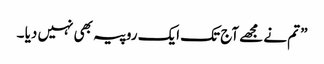
” تم نے مجھے آج تک ایک روپیہ بھی نہیں دیا ۔